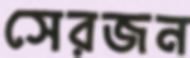
সেরজন